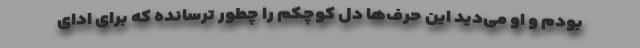
بودم و او می‌دید این حرف‌ها دل کوچکم را چطور ترسانده که برای ادای